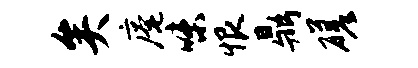
矣庵味恨鼎磋